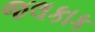
જલકાક